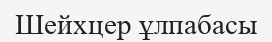
Шейхцер ұлпабасы